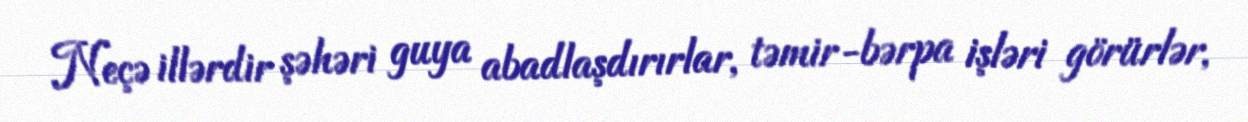
Neçə illərdir şəhəri guya abadlaşdırırlar, təmir-bərpa işləri görürlər,